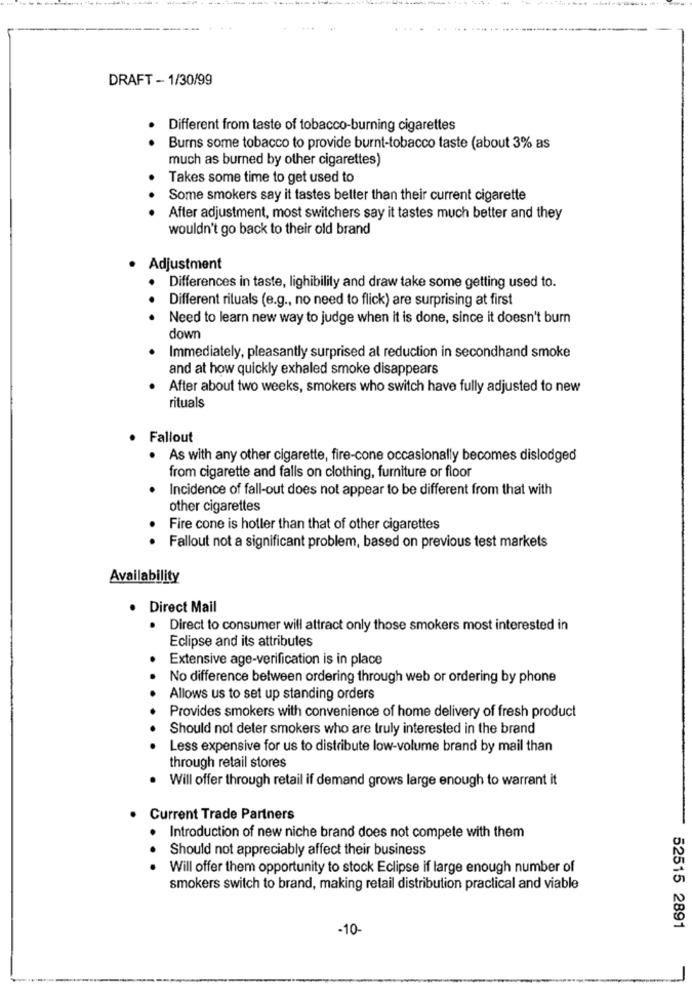
DRAFT - 1/30/99
Different from taste of tobacco-burning cigarettes
Burns some tobacco to provide burnt-tobacco taste (about 3% as
much as burned by other cigarettes)
Takes some time to get used to
Some smokers say it tastes better than their current cigarette
After adjustment, most switchers say it tastes much better and they
wouldn't go back to their old brand
Adjustment
Differences in taste, lighibility and draw take some getting used to.
.
Different rituals (e.g ., no need to flick) are surprising at first
.
Need to learn new way to judge when it is done, since it doesn't burn
down
Immediately, pleasantly surprised al reduction in secondhand smoke
and at how quickly exhaled smoke disappears
After about two weeks, smokers who switch have fully adjusted to new
rituals
Fallout
. As with any other cigarette, fire-cone occasionally becomes dislodged
from cigarette and falls on clothing, furniture or floor
Incidence of fall-out does not appear to be different from that with
other cigarettes
Fire cone is hotler than that of other cigarettes
Fallout not a significant problem, based on previous test markets
Availability
Direct Mail
Direct to consumer will attract only those smokers most interested in
Eclipse and its attributes
Extensive age-verification is in place
No difference between ordering through web or ordering by phone
Allows us to set up standing orders
Provides smokers with convenience of home delivery of fresh product
Should not deter smokers who are truly interested in the brand
Less expensive for us to distribute low-volume brand by mail than
through retail stores
Will offer through retail if demand grows large enough to warrant it
Current Trade Partners
Introduction of new niche brand does not compete with them
. .
Should not appreciably affect their business
Will offer them opportunity to stock Eclipse if large enough number of
smokers switch to brand, making retail distribution practical and viable
-10-
52515 2891